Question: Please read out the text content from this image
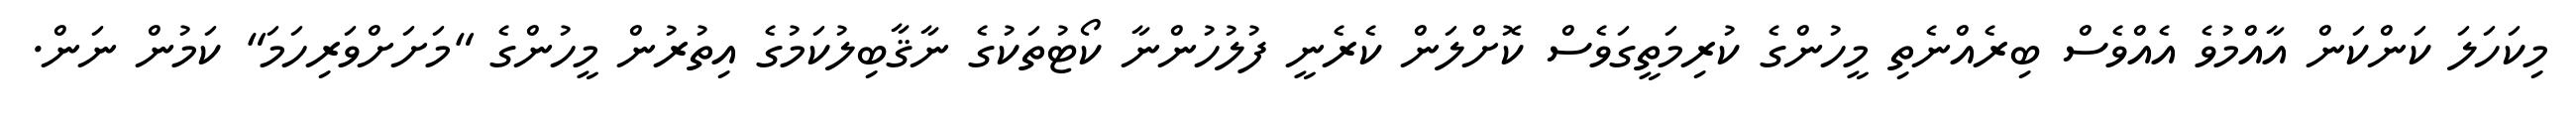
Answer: މިކަހަލަ ކަންކަން އާއްމުވެ އެއްވެސް ބިރެއްނެތި މީހުންގެ ކުރިމަތީގަވެސް ކޮށްލަން ކެރެނީ ފުލުހުންނާ ކޯޓުތަކުގެ ނާޤާބިލުކަމުގެ އިތުރުން މީހުންގެ "މަށަށްވަރިހަމަ" ކަމުން ނަން.